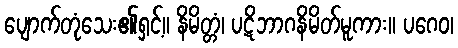
ပျောက်တုံသေး၏ရှင့်။ နိမိတ္တံ၊ ပဋိဘာဂနိမိတ်မူကား။ ပဂေဝ၊